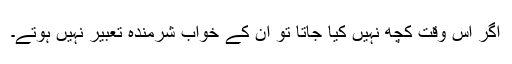
اگر اس وقت کچھ نہیں کیا جاتا تو ان کے خواب شرمندہ تعبیر نہیں ہوتے۔